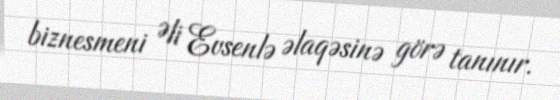
biznesmeni Əli Evsenlə əlaqəsinə görə tanınır.